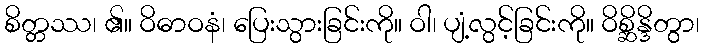
စိတ္တဿ၊ ၏။ ဝိဓာဝနံ၊ ပြေးသွားခြင်းကို။ ဝါ၊ ပျံ့လွင့်ခြင်းကို။ ဝိစ္ဆိန္ဒိတွာ၊